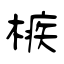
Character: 槉